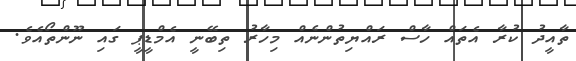
ތާއީދު ކުރާ އެތައް ހާސް ރައްޔިތުންނެއް މިހާރު ތިބޭނީ އެމްޑީޕީ ގައި ނޫންތޯއެވެ.